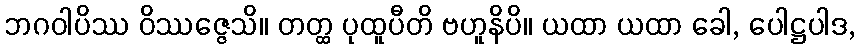
ဘဂဝါပိဿ ဝိဿဇ္ဇေသိ။ တတ္ထ ပုထူပီတိ ဗဟူနိပိ။ ယထာ ယထာ ခေါ, ပေါဋ္ဌပါဒ,